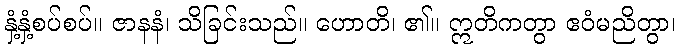
နှံ့နှံ့စပ်စပ်။ ဇာနနံ၊ သိခြင်းသည်။ ဟောတိ၊ ၏။ ဣတိကတွာ ဧဝံမညိတွာ၊